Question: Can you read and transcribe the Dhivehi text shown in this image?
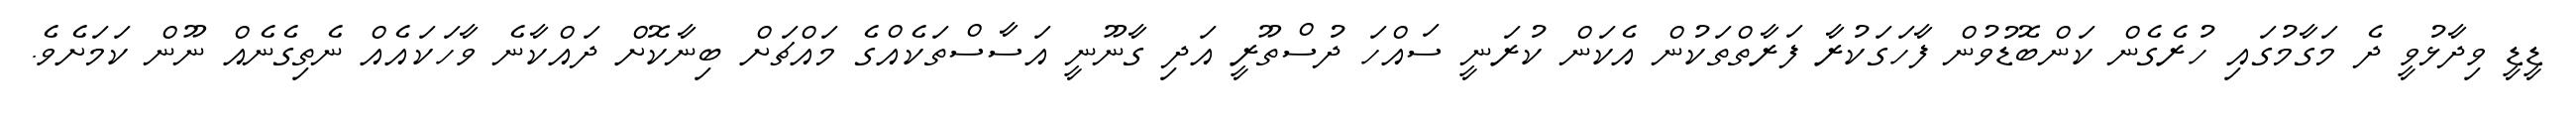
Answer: ޑީޑީ ވިދާޅުވީ ދެ މަގާމުގައި ހުރެގެން ކަންބޮޑުވުން ފާހަގަކުރާ ފަރާތްތަކުން އެކަން ކުރަނީ ސައްހަ ދުސްތޫރީ އަދި ގާނޫނީ އަސާސްތަކެއްގެ މައްޗަށް ބިނާކޮށް ދައްކާނެ ވާހަކައެއް ނެތިގެނެއް ނޫން ކަމަށެވެ.